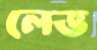
লেভ